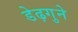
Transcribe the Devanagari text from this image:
डेढ़गुने